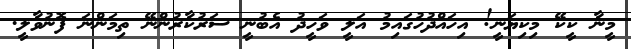
މީނާ ކީކޭ މިކިޔަނީ! އިހައްދުހުގައިމު އަލީ ވަހީދު އެބުނީ ސަރުކާރުންނޭ ތިމަންނަ ފޮނުވާލީ.